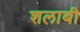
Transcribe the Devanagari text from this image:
शलाबी